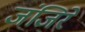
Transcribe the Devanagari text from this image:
जंजिरे